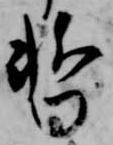
暫